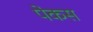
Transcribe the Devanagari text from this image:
पेकस